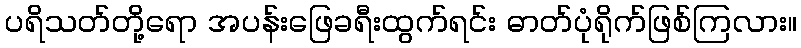
ပရိသတ်တို့ရော အပန်းဖြေခရီးထွက်ရင်း ဓာတ်ပုံရိုက်ဖြစ်ကြလား။